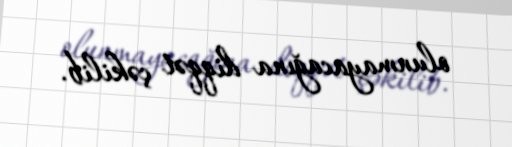
olunmayacağına diqqət çəkilib.